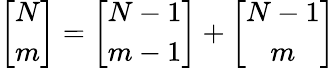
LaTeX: \left[\begin{array}{c}{{N}}\\ {{m}}\end{array}\right]=\left[\begin{array}{c}{{N-1}}\\ {{m-1}}\end{array}\right]+\left[\begin{array}{c}{{N-1}}\\ {{m}}\end{array}\right]